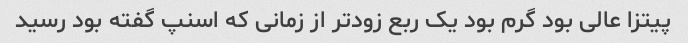
پیتزا عالی بود گرم بود یک ربع زودتر از زمانی که اسنپ گفته بود رسید